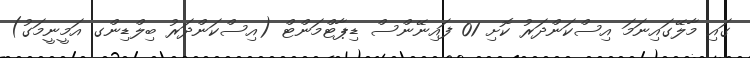
ގައި މާލޭގައިނަމަ އިސްކަންދަރު ކޮށި 01 ފައިނޭންސް ޑިޕާޓްމަންޓް (އިސްކަންދަރު ބިލްޑިންގ އަމީނީމަގު)